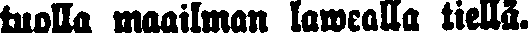
tuolla maailman lawealla tiellä.